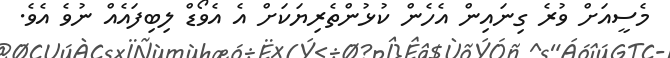
މެސީއަށް ވުރެ ގިނައިން އެހެން ކުޅުންތެރިޔަކަށް އެ އެވޯޑް ލިބިފައެއް ނުވެ އެވެ.